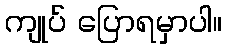
ကျုပ် ပြောရမှာပါ။